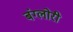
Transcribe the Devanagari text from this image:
बंग्लोरी